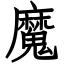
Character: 魔